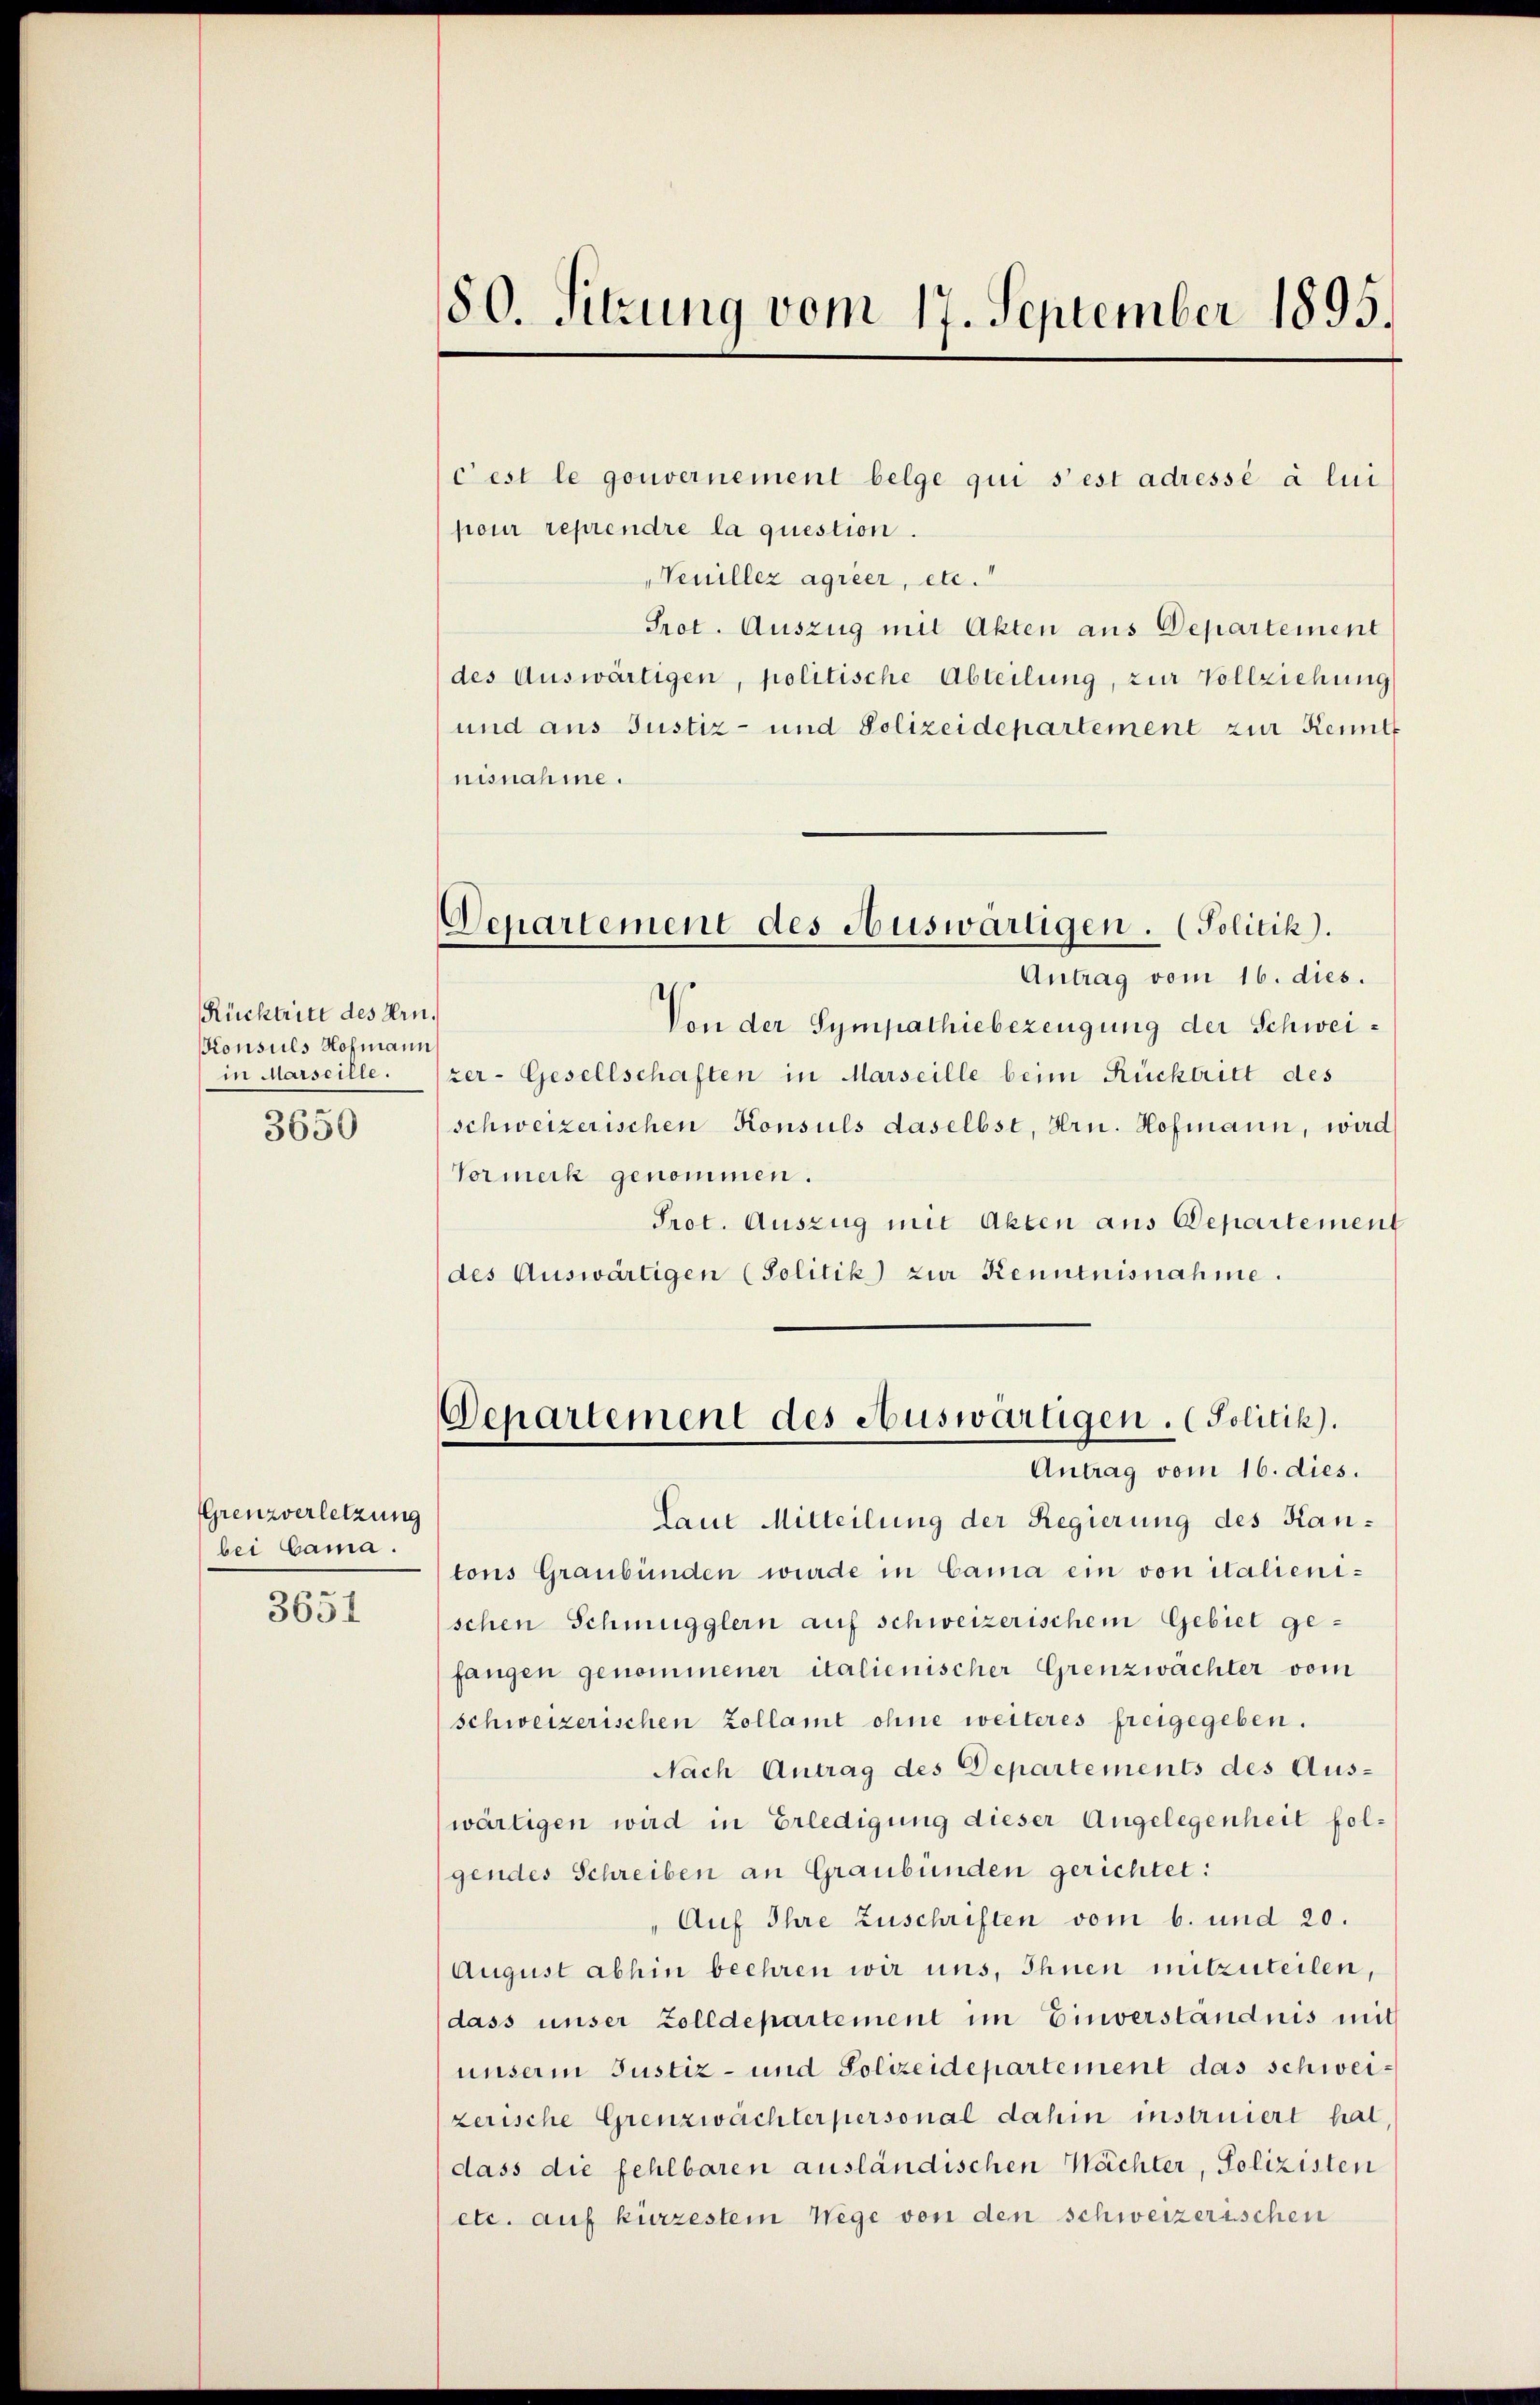
Rücktritt des Hrn.
Konsuls Nohmann
in Marseille.
3650

Grenzverletzung
bei Cama.
3651

80. Sitzung vom 17. September 1895.

cest le gouvernement belge qui s’est adressé à lun
pour reprendre la question.
Neuiller agreer, etc.
Prot. Auszug mit Akten aus Departement
des Auswärtigen, politische Abteilung, zur Vollziehung
und aus Justiz- und Polizeidepartement zur Kennt
nisnahme.
Departement des Auswärtigen. (Politik).
Antrag vom 16. dies.
Von der Sympathiebezeugung der Schweizer-Gesellschaften in Marseille beim Rücktritt des
schweizerischen Konsuls daselbst, Hrn. Hofmann, wird
Vormerk genommen.
Prot. Auszug mit Akten aus Departement
des Auswärtigen (Solitik zur Kenntnisnahme.

Laut Mitteilung der Regierung des Kantons Graubünden wurde in Cama ein von italienischen Schmugglern auf schweizerischem Gebiet gefangen genommener italienischer Grenzwachter vom
schweizerischen Zollamt ohne weiteres freigegeben.
Nach Antrag des Departements des Aus-
wärtigen wird in Erledigung dieser Angelegenheit folgendes Schreiben an Graubünden gerichtet:
Auf Ihre Zuschriften vom 6. und 20.
August abhin beehren wir uns, Ihnen mitzuteilen,
dass unser Zolldepartement im Einverständnis mit
unserm Justiz- und Polizeidepartement das schweizerische Grenzwachterpersonal dahin instruiert hat
dass die fehlbaren ausländischen Wächter, Polizisten
etc. auf kurzestem Wege von den schweizerischen

Departement des Auswärtigen. (Politik).
Antrag vom 16. dies.